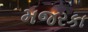
મજરકા